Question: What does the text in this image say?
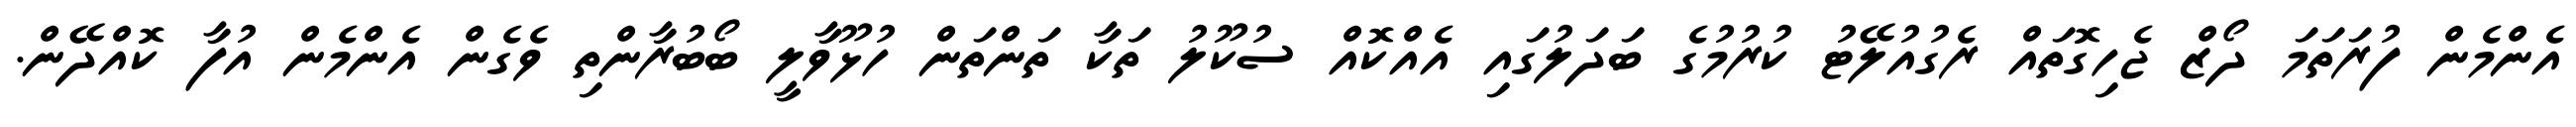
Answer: އެންމެން ފުރަތަމަ ދޯޒް ޖެހިގޮތައް ރެގުއުލޭޓު ކުރުމުގެ ބަދަލުގައި އެއްކޮއް ސުކޫލު ތަކާ ތަންތަން ހުޅޫވާލީ ބޯބުރާންތި ވެގެން އެންމެން އުފާ ކޮއްދޭން.